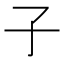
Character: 子